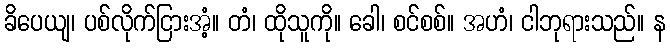
ခိပေယျ၊ ပစ်လိုက်ငြားအံ့။ တံ၊ ထိုသူကို။ ခေါ၊ စင်စစ်။ အဟံ၊ ငါဘုရားသည်။ န